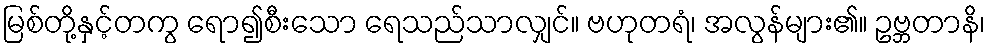
မြစ်တို့နှင့်တကွ ရော၍စီးသော ရေသည်သာလျှင်။ ဗဟုတရံ၊ အလွန်များ၏။ ဥဗ္ဘတာနိ၊